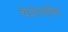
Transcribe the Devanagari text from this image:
चयापचयिक